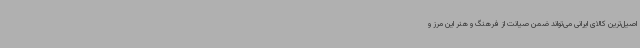
اصیل‌ترین کالای ایرانی می‌تواند ضمن صیانت از فرهنگ و هنر این مرز و